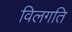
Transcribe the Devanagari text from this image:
विलगति